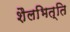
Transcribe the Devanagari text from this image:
शैलभित्ति